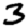
Digit: 3